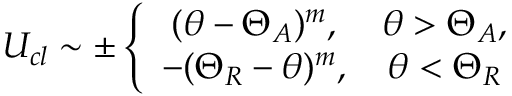
U _ { c l } \sim \pm \left\{ \begin{array} { c c } { ( \theta - \Theta _ { A } ) ^ { m } , } & { \theta > \Theta _ { A } , } \\ { - ( \Theta _ { R } - \theta ) ^ { m } , } & { \theta < \Theta _ { R } } \end{array} \right.